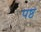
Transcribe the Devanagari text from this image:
पष्ठ